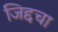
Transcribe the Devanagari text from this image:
जिद्दचा